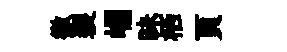
徼裂崛昧栖頁